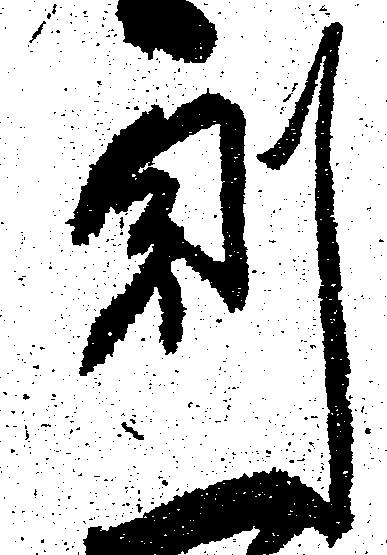
則